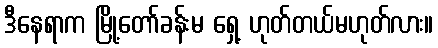
ဒီနေရာက မြို့တော်ခန်းမ ရှေ့ ဟုတ်တယ်မဟုတ်လား။